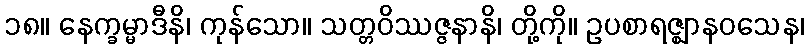
၁၈။ နေက္ခမ္မာဒီနိ၊ ကုန်သော။ သတ္တဝိဿဇ္ဇနာနိ၊ တို့ကို။ ဥပစာရဇ္ဈာနဝသေန၊